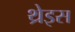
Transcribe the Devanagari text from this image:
थ्रेइस